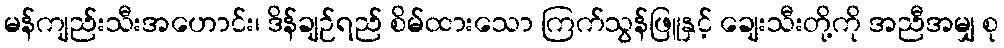
မန်ကျည်းသီးအဟောင်း၊ ဒိန်ချဉ်ရည် စိမ်ထားသော ကြက်သွန်ဖြူနှင့် ချေးသီးတို့ကို အညီအမျှ စု